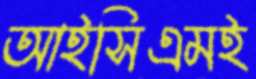
আইসিএমই